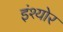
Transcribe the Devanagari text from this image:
इंश्योर